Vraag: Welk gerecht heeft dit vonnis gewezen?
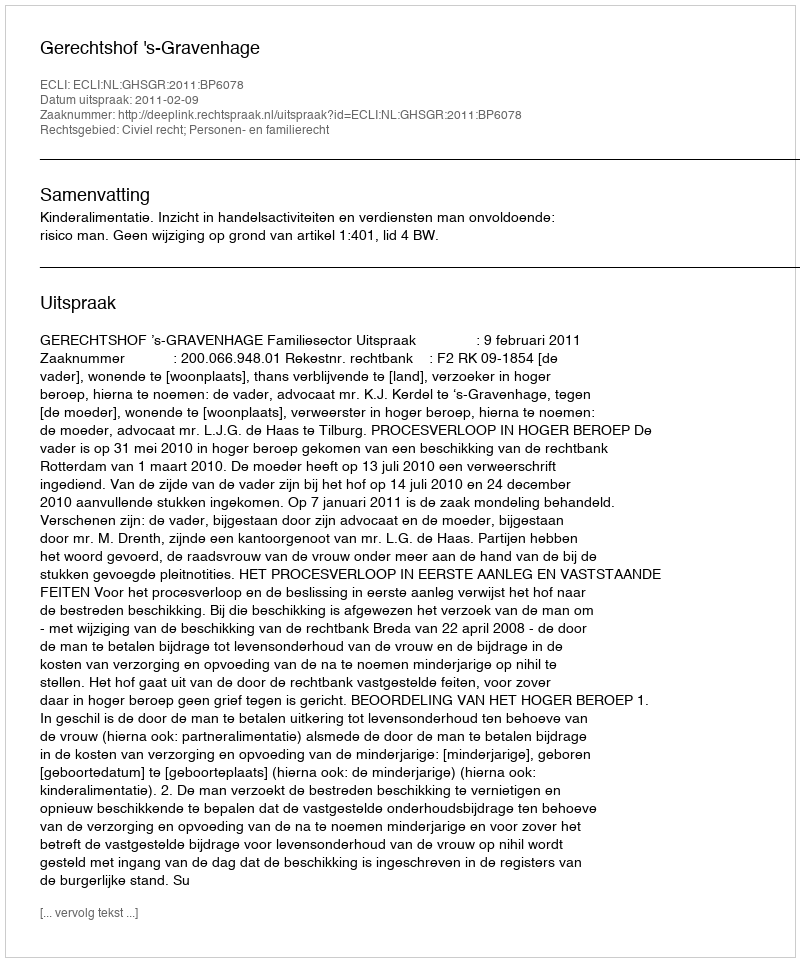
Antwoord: Gerechtshof 's-Gravenhage